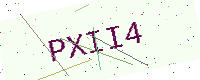
Text: PXII4